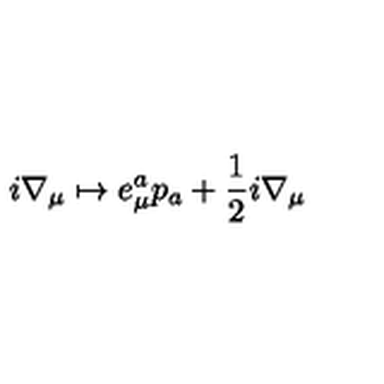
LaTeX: i \nabla _ { \mu } \mapsto e _ { \mu } ^ { a } p _ { a } + \frac { 1 } { 2 } i \nabla _ { \mu }